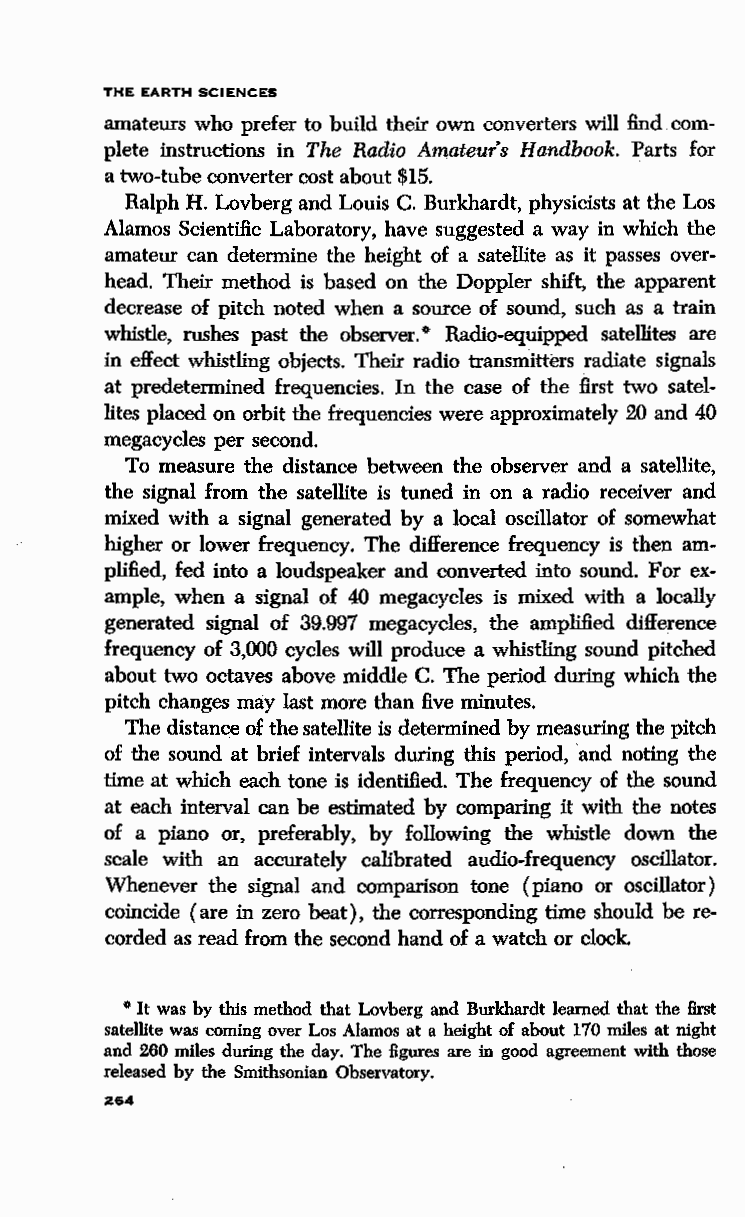
THE EARTH SCIENCES
 amateurs who prefer to build their own converters will find com
 plete instructions in The Radio Amateur's Handbook. Parts for
 a two-tube converter cost about $15.
 Ralph H. Lovberg and Louis C. Burkhardt, physicists at the Los
 Alamos Scientific Laboratory, have suggested a way in which the
 amateur can determine the height of a satellite as it passes over
 head. Their method is based on the Doppler shift, the apparent
 decrease of pitch noted when a source of sound, such as a train
 whistle, rushes past the observer. 0 Radio-equipped satellites are
 in effect whistling objects. Their radio transmitters radiate signals
 at predetermined frequencies. In the case of the first two satel
 lites placed on orbit the frequencies were approximately 20 and 40
 megacycles per second.
 To measure the distance between the observer and a satellite,
 the signal from the satellite is tuned in on a radio receiver and
 mixed with a signal generated by a local oscillator of somewhat
 higher or lower frequency. The difference frequency is then am
 plified, fed into a loudspeaker and converted into sound. For ex
 ample, when a signal of 40 megacycles is mixed with a locally
 generated signal of 39.997 megacycles, the amplified difference
 frequency of 3,000 cycles will produce a whistling sound pitched
 about two octaves above middle C. The period during which the
 pitch changes may last more than five minutes.
 The distance of the satellite is determined by measuring the pitch
 of the sound at brief intervals during this period, and noting the
 time at which each tone is identified. The frequency of the sound
 at each interval can be estimated by comparing it with the notes
 of a piano or, preferably, by following the whistle down the
 scale with an accurately calibrated audio-frequency oscillator.
 Whenever the signal and comparison tone (piano or oscillator)
 coincide (are in zero beat), the corresponding time should be re
 corded as read from the second hand of a watch or clock.
 0 It was by this method that Lovberg and Burkhardt learned that the first
 satellite was coming over Los Alamos at a height of about 170 miles at night
 and 260 miles during the day. The figures are in good agreement with those
 released by the Smithsonian Observatory.
 264